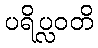
ပရိပ္လဝတိ